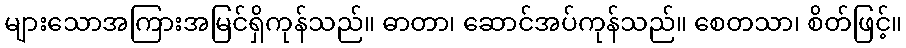
များသောအကြားအမြင်ရှိကုန်သည်။ ဓာတာ၊ ဆောင်အပ်ကုန်သည်။ စေတသာ၊ စိတ်ဖြင့်။